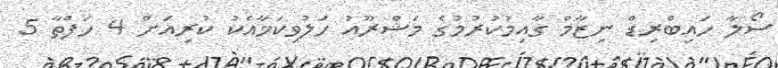
ސޯލާ ހައިބްރިޑް ނިޒާމް ގާއިމުކުރުމުގެ މަޝްރޫއު ހަލުވިކަމާއެކު ކުރިއަށް 4 ހަފްތާ 5